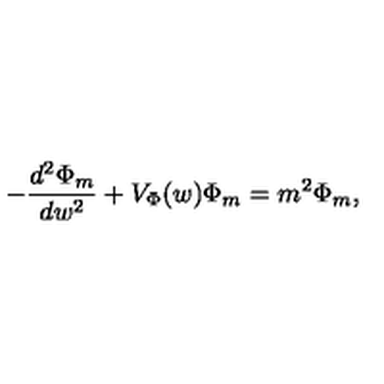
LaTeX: - \frac { d ^ { 2 } \Phi _ { m } } { d w ^ { 2 } } + V _ { \Phi } ( w ) \Phi _ { m } = m ^ { 2 } \Phi _ { m } ,